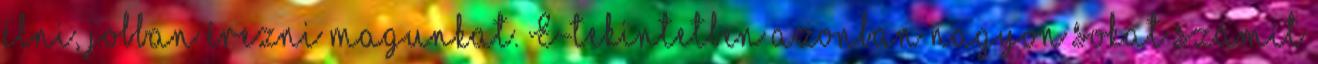
élni, jobban érezni magunkat. E-tekintetben azonban nagyon sokat számít